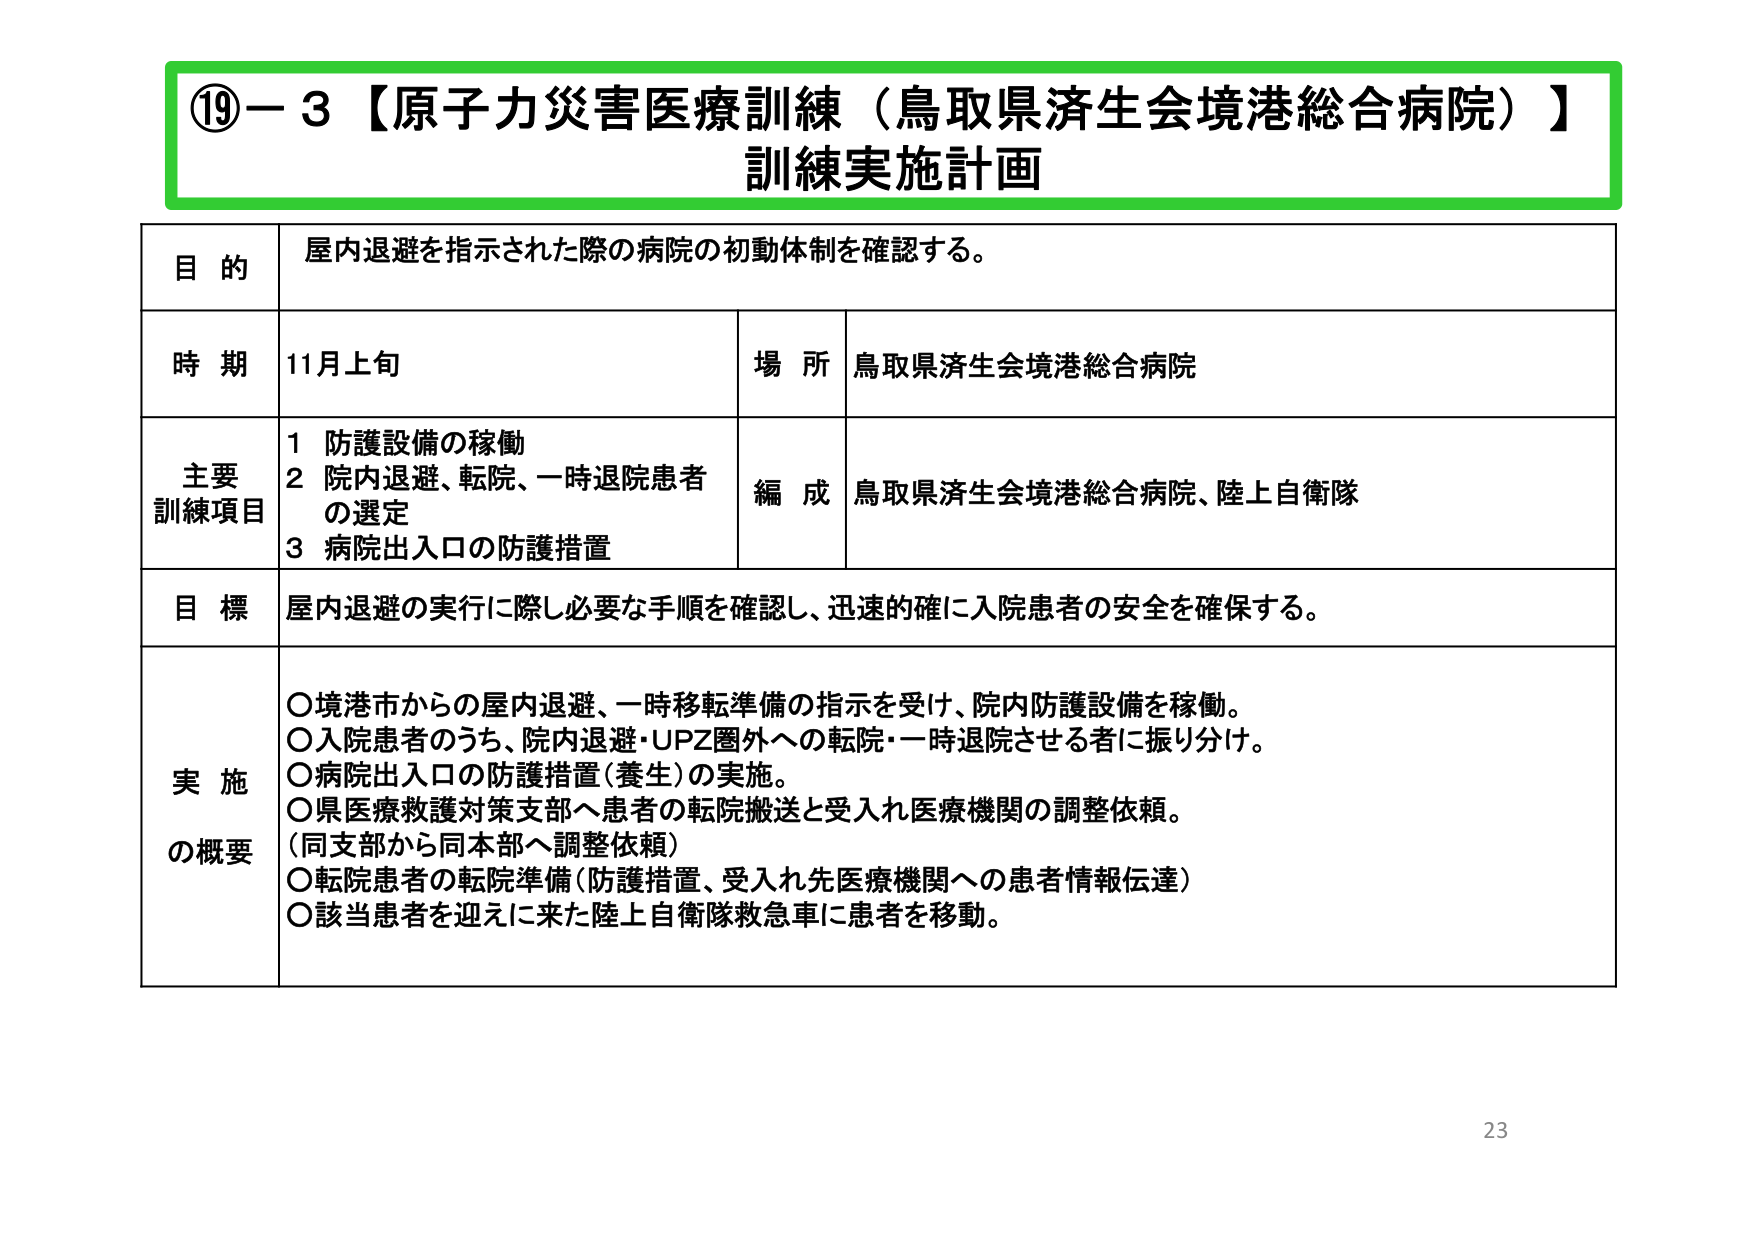
⑲－３【原子力災害医療訓練（鳥取県済生会境港総合病院）】
訓練実施計画

目的　屋内退避を指示された際の病院の初動体制を確認する。

時期　11月上旬　　　　　　　　　　　場所　鳥取県済生会境港総合病院

主要
訓練項目　１　防護設備の稼働
　　　　　２　院内退避、転院、一時退院患者
　　　　　　　の選定
　　　　　３　病院出入口の防護措置　　　編成　鳥取県済生会境港総合病院、陸上自衛隊

目標　屋内退避の実行に際し必要な手順を確認し、迅速的確に入院患者の安全を確保する。

実施
の概要　〇境港市からの屋内退避、一時移転準備の指示を受け、院内防護設備を稼働。
　　　　〇入院患者のうち、院内退避・UPZ圏外への転院・一時退院させる者に振り分け。
　　　　〇病院出入口の防護措置（養生）の実施。
　　　　〇県医療救護対策支部へ患者の転院搬送と受入れ医療機関の調整依頼。
　　　　　（同支部から同本部へ調整依頼）
　　　　〇転院患者の転院準備（防護措置、受入れ先医療機関への患者情報伝達）
　　　　〇該当患者を迎えに来た陸上自衛隊救急車に患者を移動。

23